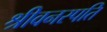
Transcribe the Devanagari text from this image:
श्रीवनस्पति